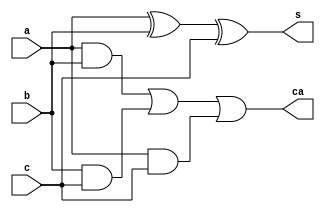
`timescale 1ns / 1ps
//////////////////////////////////////////////////////////////////////////////////
// Company: 
// Engineer: 
// 
// Design Name: 
// Module Name:    fa 
// Project Name: 
// Target Devices: 
// Tool versions: 
// Description: 
//
// Dependencies: 
//
// Revision: 
// Revision 0.01 - File Created
// Additional Comments: 
//
//////////////////////////////////////////////////////////////////////////////////
module fa(a,b,c,s,ca);
input a,b,c;
output s,ca;
assign s=a^b^c;
assign ca=(a&b)|(b&c)|(a&c);
endmodule